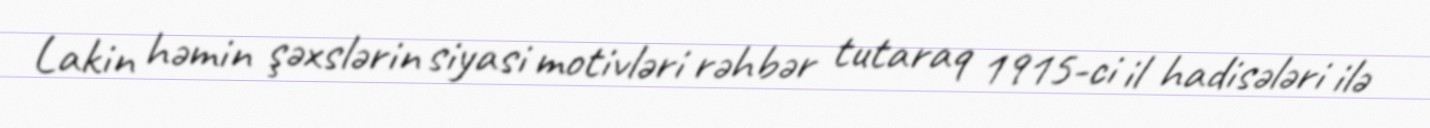
Lakin həmin şəxslərin siyasi motivləri rəhbər tutaraq 1915-ci il hadisələri ilə